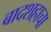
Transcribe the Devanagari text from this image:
बादशहाचा